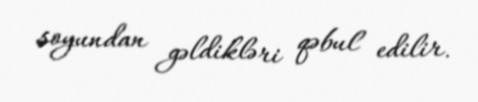
soyundan gəldikləri qəbul edilir.